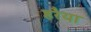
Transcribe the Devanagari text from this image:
हरैया